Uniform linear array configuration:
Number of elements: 16
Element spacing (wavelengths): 0.75
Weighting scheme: uniform
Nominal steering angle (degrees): -45
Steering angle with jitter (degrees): -43.57
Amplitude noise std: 0.05
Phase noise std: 0.05

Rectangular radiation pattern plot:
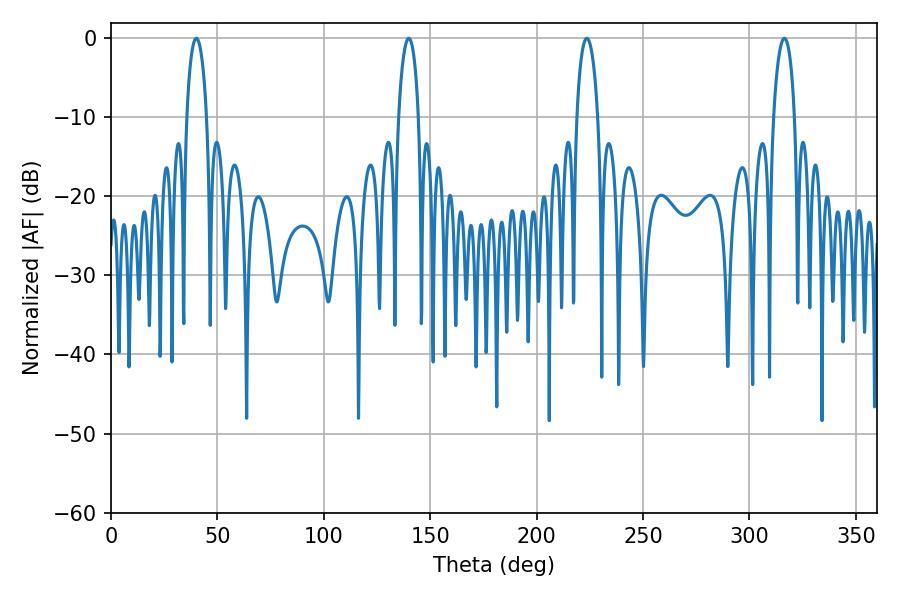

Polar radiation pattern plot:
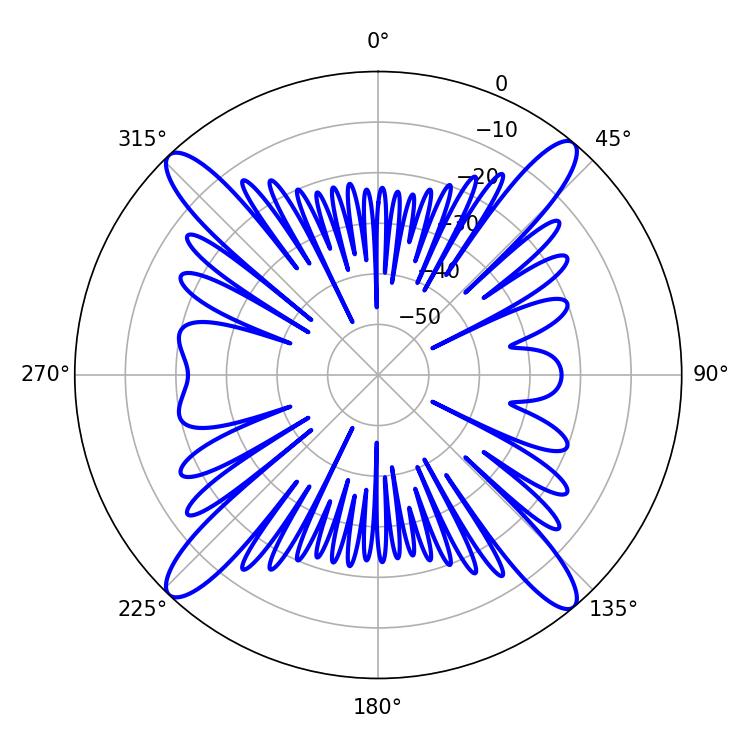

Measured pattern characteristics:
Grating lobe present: TRUE
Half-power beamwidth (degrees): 5.58
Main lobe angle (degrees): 223.56